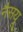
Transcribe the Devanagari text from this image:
नैसयू